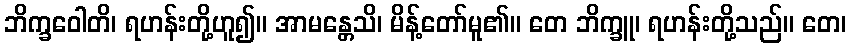
ဘိက္ခဝေါတိ၊ ရဟန်းတို့ဟူ၍။ အာမန္တေသိ၊ မိန့်တော်မူ၏။ တေ ဘိက္ခူ၊ ရဟန်းတို့သည်။ တေ၊